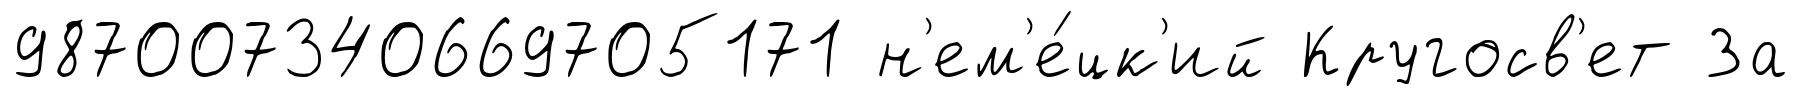
987007340669705171 н'ем'е́цк'ий Кругосв'ет За